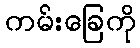
ကမ်းခြေကို